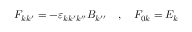
\begin{array} { r } { F _ { k k ^ { \prime } } = - \varepsilon _ { k k ^ { \prime } k ^ { \prime \prime } } B _ { k ^ { \prime \prime } } \quad , \quad F _ { 0 k } = E _ { k } } \end{array}